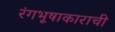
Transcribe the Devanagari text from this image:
रंगभूषाकाराची